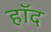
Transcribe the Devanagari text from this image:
हॉद